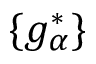
\{ g _ { \alpha } ^ { * } \}